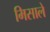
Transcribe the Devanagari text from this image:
मिसाले